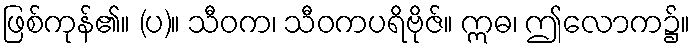
ဖြစ်ကုန်၏။ (ပ)။ သီဝက၊ သီဝကပရိဗိုဇ်။ ဣဓ၊ ဤလောက၌။